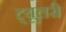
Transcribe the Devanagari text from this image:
ट्यूलरी